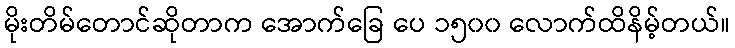
မိုးတိမ်တောင်ဆိုတာက အောက်ခြေ ပေ ၁၅၀၀ လောက်ထိနိမ့်တယ်။